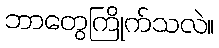
ဘာတွေကြိုက်သလဲ။